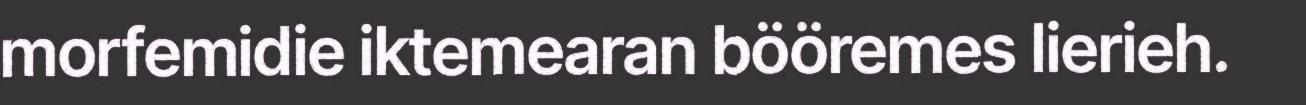
morfemidie iktemearan bööremes lierieh.